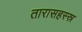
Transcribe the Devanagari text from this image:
तारासहस्स्र